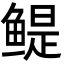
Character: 鳀